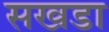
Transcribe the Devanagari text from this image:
सखडा